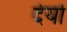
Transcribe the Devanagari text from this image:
देयो